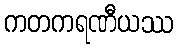
ကတကရဏီယဿ